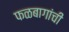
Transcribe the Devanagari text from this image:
फळबागांची